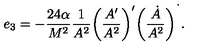
e _ { 3 } = - \frac { 2 4 \alpha } { M ^ { 2 } } \frac { 1 } { A ^ { 2 } } \bigg ( \frac { A ^ { \prime } } { A ^ { 2 } } \bigg ) ^ { \prime } \bigg ( \frac { \dot { A } } { A ^ { 2 } } \bigg ) ^ { \dot { \ } } .